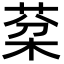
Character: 棻